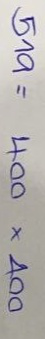
519 = 400 x 400